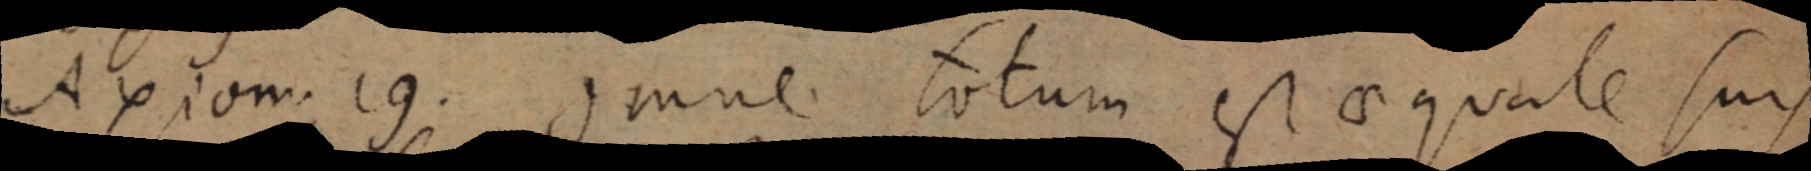
Axiom. 19. Omne totum est aequale suis